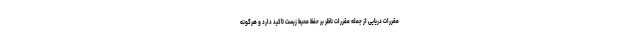
مقررات دریایی از جمله مقررات ناظر بر حفظ محیط زیست تاکید دارد و هرگونه